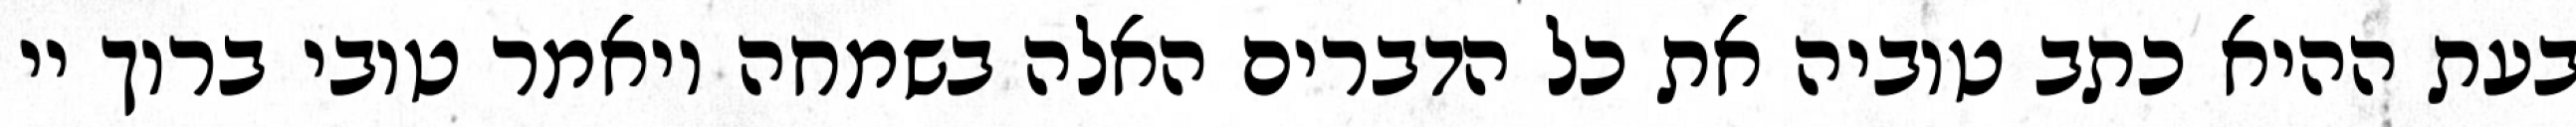
בעת ההיא כתב טוביה את כל הדברים האלה בשמחה ויאמר טובי ברוך יי